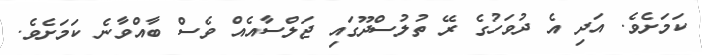
ކަމަށެވެ. އަދި އެ ދުވަހުގެ ރޭ ތުލުސްދޫގައި ޖަލްސާއެއް ވެސް ބާއްވާނެ ކަމަށެވެ.